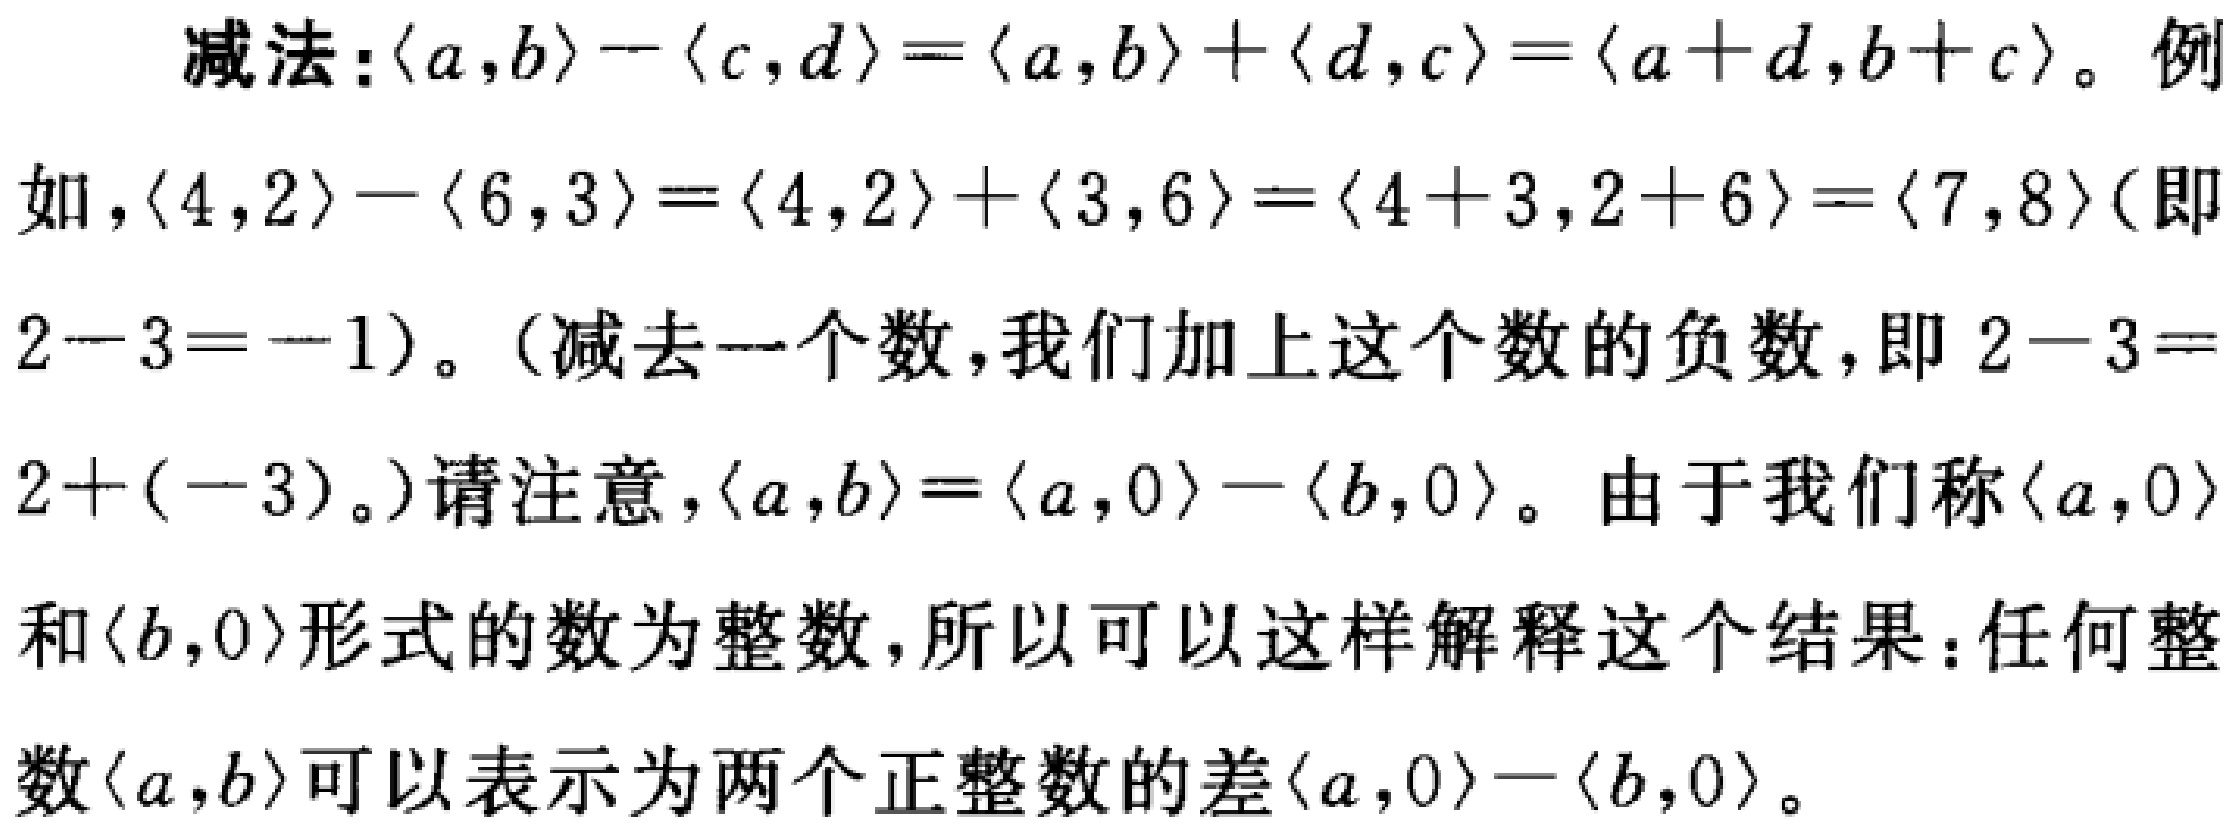
减法：$\langle a,b\rangle - \langle c,d\rangle=\langle a,b\rangle+\langle d,c\rangle=\langle a + d,b + c\rangle$。例如，$\langle 4,2\rangle - \langle 6,3\rangle=\langle 4,2\rangle+\langle 3,6\rangle=\langle 4 + 3,2 + 6\rangle=\langle 7,8\rangle$(即$2 - 3=-1$)。(减去一个数，我们加上这个数的负数，即$2 - 3=2+(-3)$。)请注意，$\langle a,b\rangle=\langle a,0\rangle - \langle b,0\rangle$。由于我们称$\langle a,0\rangle$和$\langle b,0\rangle$形式的数为整数，所以可以这样解释这个结果：任何整数$\langle a,b\rangle$可以表示为两个正整数的差$\langle a,0\rangle - \langle b,0\rangle$。